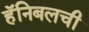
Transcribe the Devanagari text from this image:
हॅनिबलची